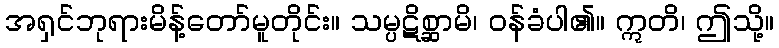
အရှင်ဘုရားမိန့်တော်မူတိုင်း။ သမ္ပဋိစ္ဆာမိ၊ ဝန်ခံပါ၏။ ဣတိ၊ ဤသို့။